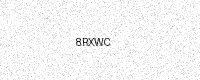
Text: 8RXWC